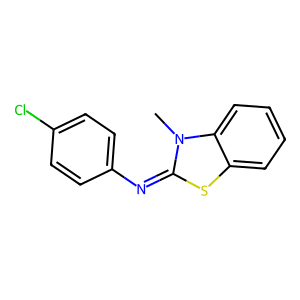
SMILES: Cn1c(=Nc2ccc(Cl)cc2)sc2ccccc21
Inhibits HIV replication: No